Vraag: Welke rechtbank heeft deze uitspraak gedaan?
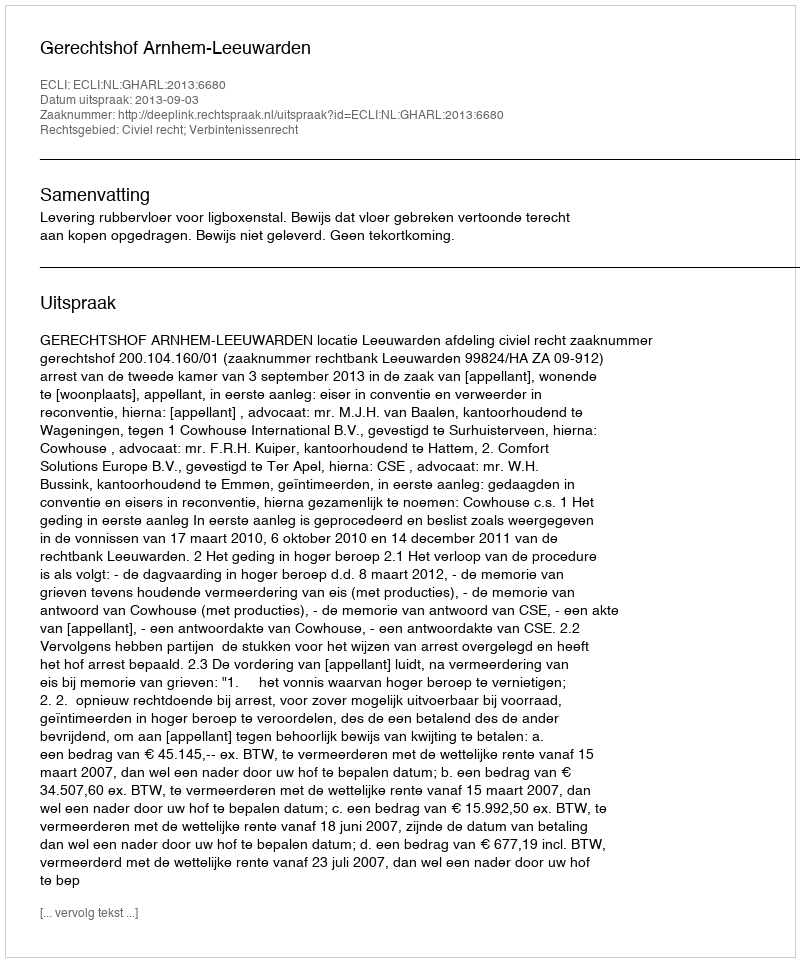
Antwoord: Gerechtshof Arnhem-Leeuwarden